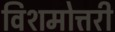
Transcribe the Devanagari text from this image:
विशमोत्तरी